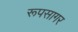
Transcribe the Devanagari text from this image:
रूपसागर